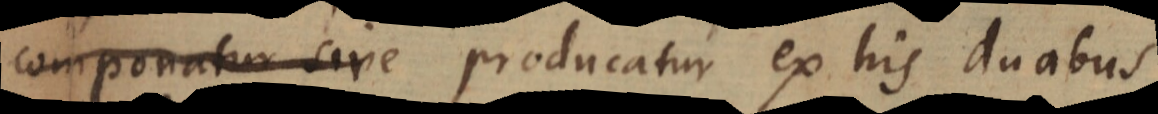
componatur sive producatur ex his duabus